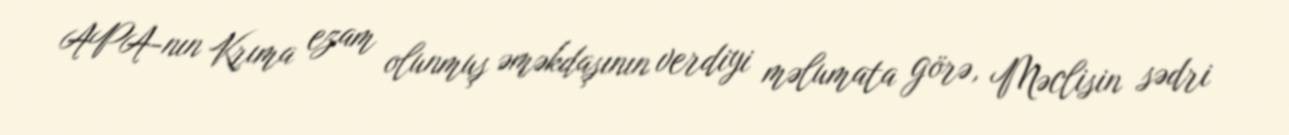
APA-nın Krıma ezam olunmuş əməkdaşının verdiyi məlumata görə, Məclisin sədri